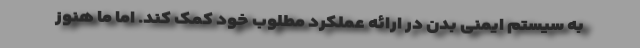
به سیستم ایمنی بدن در ارائه عملکرد مطلوب خود کمک کند. اما ما هنوز